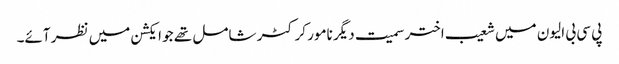
پی سی بی الیون میں شعیب اختر سمیت دیگر نامور کرکٹر شامل تھے جو ایکشن میں نظر آئے۔